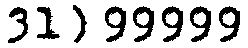
31) 99999